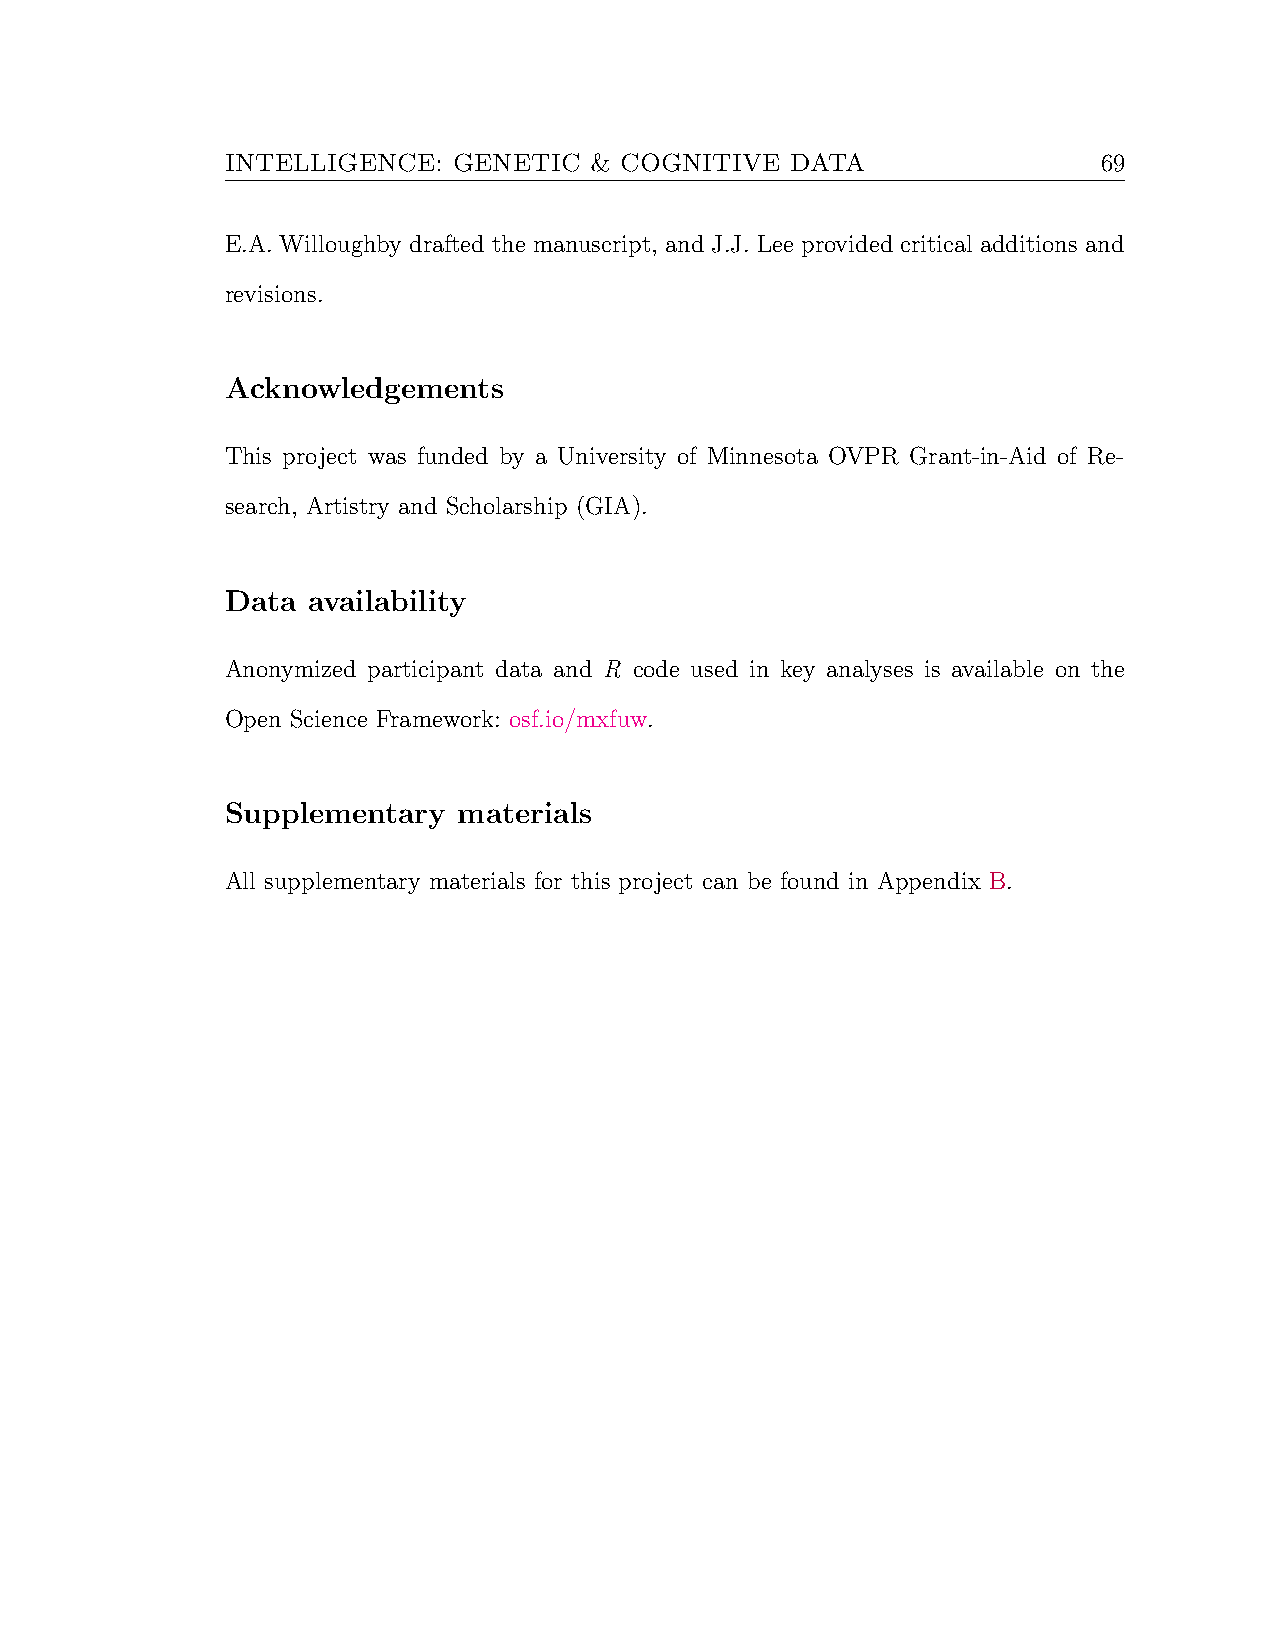
INTELLIGENCE:  GENETIC  & COGNITIVE  DATA                 69
 E.A. Willoughby drafted the manuscript, and J.J. Lee provided critical additions and
 revisions.
 Acknowledgements
 This project was funded by a University of Minnesota OVPR Grant-in-Aid of Re-
 search, Artistry and Scholarship (GIA).
 Data availability
 Anonymized participant data and R code used in key analyses is available on the
 Open Science Framework: osf.io/mxfuw.
 Supplementary  materials
 All supplementary materials for this project can be found in Appendix B.